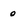
Character: 0